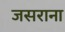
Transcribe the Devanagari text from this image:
जसराना